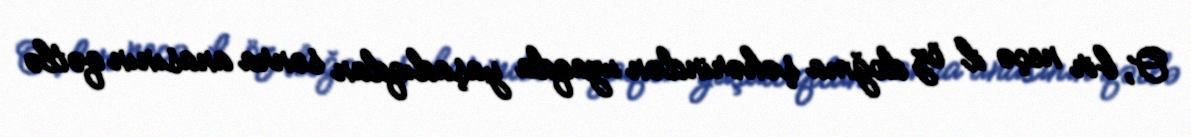
O, bir neçə il öz doğma şəhərindən uzaqda yaşadıqdan sonra anasının qətlə